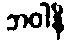
ဘဝါနိ